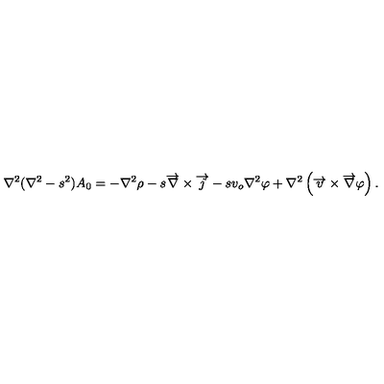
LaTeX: \nabla ^ { 2 } ( \nabla ^ { 2 } - s ^ { 2 } ) A _ { 0 } = - \nabla ^ { 2 } \rho - s \overrightarrow { \nabla } \times \overrightarrow { j } - s v _ { o } \nabla ^ { 2 } \varphi + \nabla ^ { 2 } \left( \overrightarrow { v } \times \overrightarrow { \nabla } \varphi \right) .